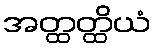
အတ္ထတ္ထိယံ